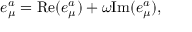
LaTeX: e _ { \mu } ^ { a } = \mathrm { R e } ( e _ { \mu } ^ { a } ) + \omega \mathrm { I m } ( e _ { \mu } ^ { a } ) ,